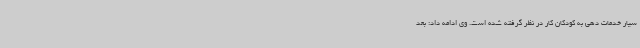
سیار خدمات دهی به کودکان کار در نظر گرفته شده است. وی ادامه داد: بعد